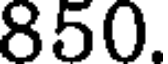
850.